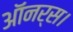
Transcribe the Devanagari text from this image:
ऑनर्स।